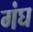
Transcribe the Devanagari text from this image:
गंघ